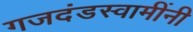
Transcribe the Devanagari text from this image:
गजदंडस्वामींनी